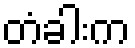
တံခါးက